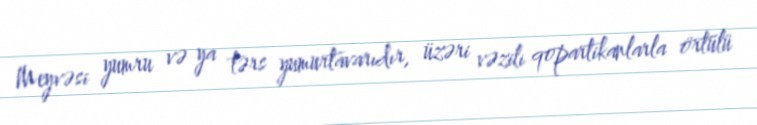
Meyvəsi yumru və ya tərs yumurtavarıdır, üzəri vəzili qopartikanlarla örtülü